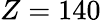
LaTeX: Z=140